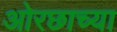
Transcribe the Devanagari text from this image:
ओरछाच्या